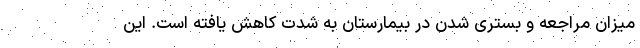
میزان مراجعه و بستری شدن در بیمارستان به شدت کاهش یافته است. این